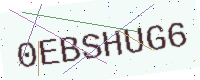
Text: 0EBSHUG6